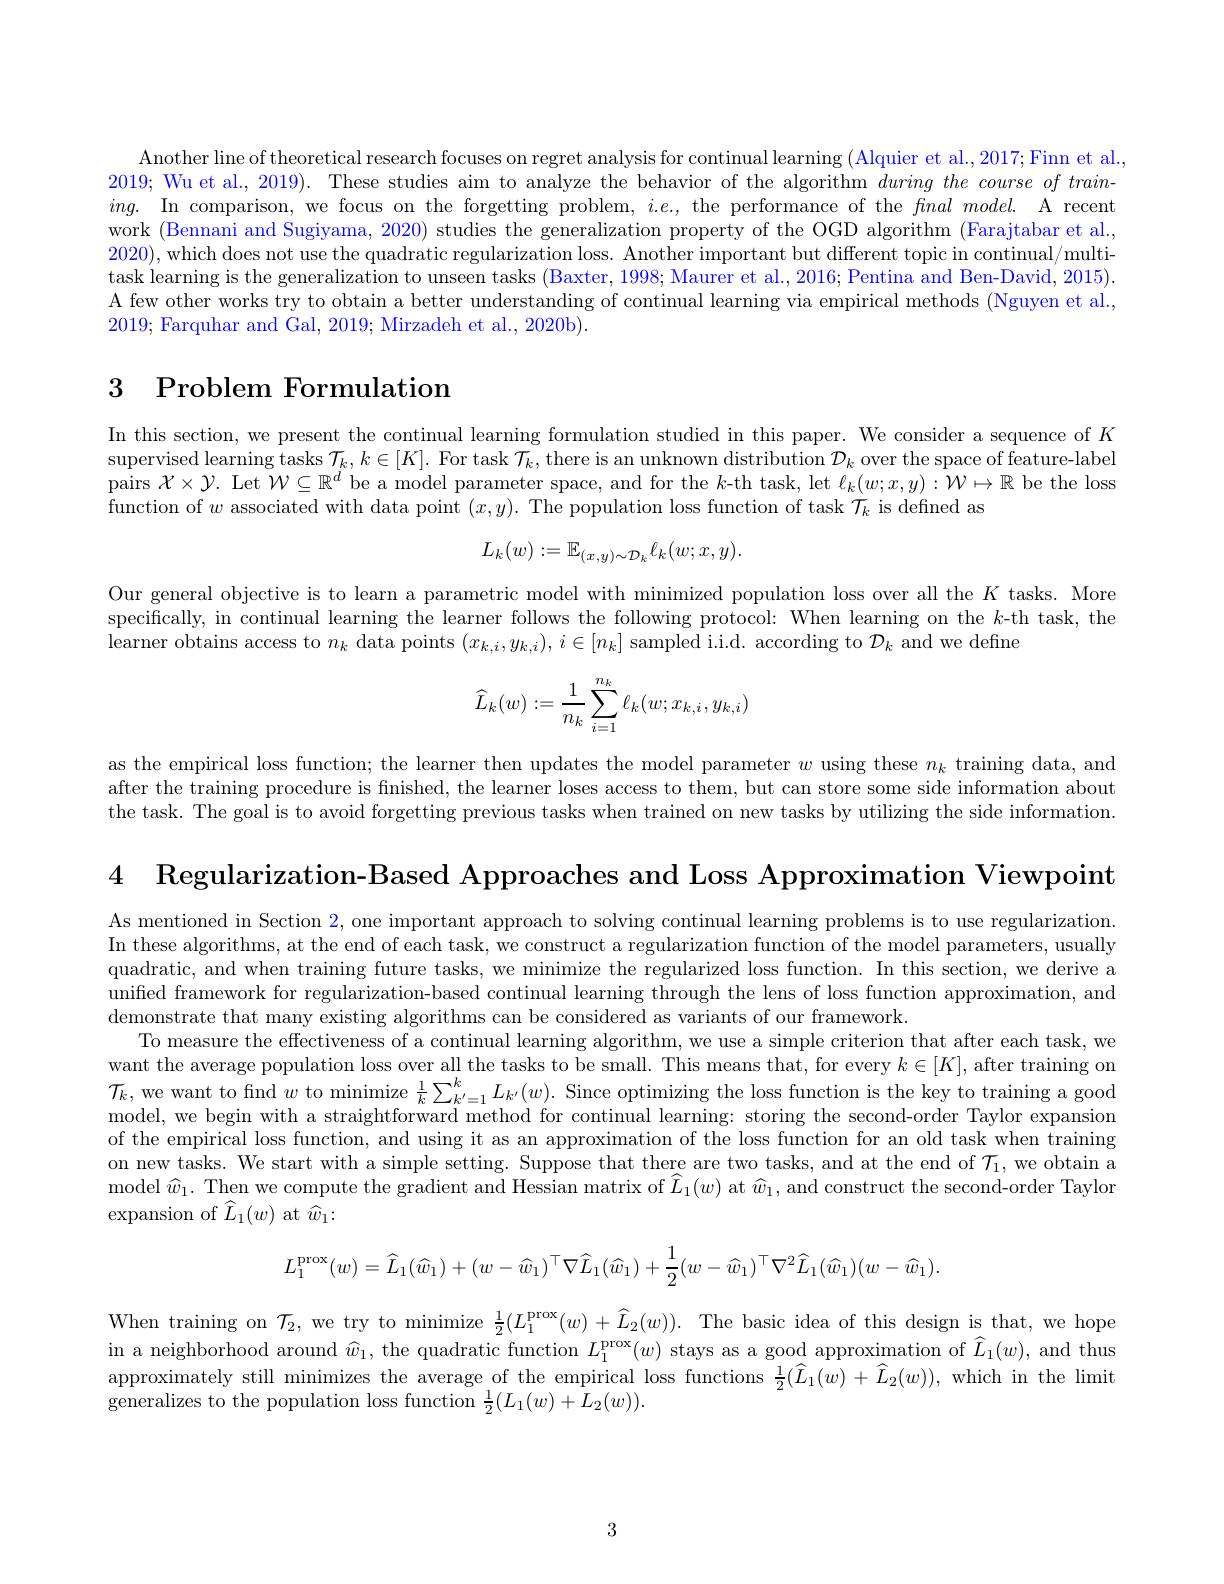
Another line of theoretical research focuses on regret analysis for continual learning ( Alquier et al., 2017; Finn et al., 2019; Wu et al., 2019). These studies aim to analyze the behavior of the algorithm during the course of train- $ing.$ In comparison, we focus on the forgetting problem, $i.e.$, the performance of the $final\textit{model. A recentine}$ work (Bennani and Sugiyama, 2020) studies the generalization property of the OGD algorithm (Farajtabar et al., 2020), which does not use the quadratic regularization loss. Another important but different topic in continual/multitask learning is the generalization to unseen tasks (Baxter, 1998; Maurer et al., 2016; Pentina and Ben-David, 2015). A few other works try to obtain a better understanding of continual learning via empirical methods (Nguyen et al., 2019; Farquhar and Gal, 2019; Mirzadeh et al., 2020b).

# 3 Problem Formulation

In this section, we present the continual learning formulation studied in this paper. We consider a sequence of $K$ supervised learning tasks $\mathcal{T}_k,k\in[K].$ For task $\mathcal{T}_k$, there is an unknown distribution $\mathcal{D}_k$ over the space of feature-label pairs $\mathcal{X}\times\mathcal{Y}.$ Let $\mathcal{W}\subseteq\mathbb{R}^d$ be a model parameter space, and for the $k$-th task, let $\ell_k(w;x,y):\mathcal{W}\mapsto\mathbb{R}$ be the loss function of $w$ associated with data point $(x,y).$ The population loss function of task $\mathcal{T}_k$ is defined as
$$L_{k}(w):=\mathbb{E}_{(x,y)\sim\mathcal{D}_{k}}\ell_{k}(w;x,y).$$
Our general objective is to learn a parametric model with minimized population loss over all the $K$ tasks. More specifically, in continual learning the learner follows the following protocol: When learning on the $k$-th task, the learner obtains access to $n_k$ data points $(x_k,i,y_{k,i}),i\in[n_k]$ sampled i.i.d. according to $\mathcal{D}_k$ and we define
$$\widehat{L}_k(w):=\frac{1}{n_k}\sum_{i=1}^{n_k}\ell_k(w;x_{k,i},y_{k,i})$$
as the empirical loss function; the learner then updates the model parameter $w$ using these $n_k$ training data, and after the training procedure is finished, the learner loses access to them, but can store some side information about the task. The goal is to avoid forgetting previous tasks when trained on new tasks by utilizing the side information.

4 Regularization-Based Approaches and Loss Approximation Viewpoint

As mentioned in Section 2, one important approach to solving continual learning problems is to use regularization. In these algorithms, at the end of each task, we construct a regularization function of the model parameters, usually quadratic, and when training future tasks, we minimize the regularized loss function. In this section, we derive a unified framework for regularization-based continual learning through the lens of loss function approximation, and demonstrate that many existing algorithms can be considered as variants of our framework
To measure the effectiveness of a continual learning algorithm, we use a simple criterion that after each task, we want the average population loss over all the tasks to be small. This means that, for every $k\in[K]$, after training on $\mathcal{T}_k$, we want to find $w$ to minimize $\frac1k\sum_{k^{\prime}=1}^kL_{k^{\prime}}(w).$ Since optimizing the loss function is the key to training a good model, we begin with a straightforward method for continual learning: storing the second-order Taylor expansion of the empirical loss function, and using it as an approximation of the loss function for an old task when training on new tasks. We start with a simple setting. Suppose that there are two tasks, and at the end of $\mathcal{T}_1$, we obtain a ${\mathrm{model~}}\widehat{w}_1.{\mathrm{~Then~we~compute~the~gradient~and~Hessian~matrix~of~}}\widehat{L}_1(w)$ at $\widehat{w}_1,{\mathrm{and~construct~the~second-order~Taylor}}$ expansion of $\hat{L}_{1}(w)$ at $\widehat{w}_{1}\colon$
$$L_{1}^{\mathrm{prox}}(w)=\widehat L_{1}(\widehat w_{1})+(w-\widehat w_{1})^{\top}\nabla\widehat L_{1}(\widehat w_{1})+\frac{1}{2}(w-\widehat w_{1})^{\top}\nabla^{2}\widehat L_{1}(\widehat w_{1})(w-\widehat w_{1}).$$
When training on $\mathcal{T}_2$, we try to minimize $\frac12(L_1^{\mathrm{prox}}(w)+\widehat{L}_2(w)).$ The basic idea of this design is that, we hope in a neighborhood around $\widehat w_1$, the quadratic function $L_1^\mathrm{prox}(w)$ stays as a good approximation of $\widehat L_1(w)$, and thus $\begin{aligned}\text{approximately still minimizes the average of the empirical loss functions }\frac{1}{2}(\widehat{L}_{1}(w)+\widehat{L}_{2}(w)),\mathrm{~which~in~the~limit}\end{aligned}$ generalizes to the population loss function $\frac12(L_1(w)+\bar{L}_2(w)).$

3